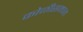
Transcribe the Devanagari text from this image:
कोळीसमाजा